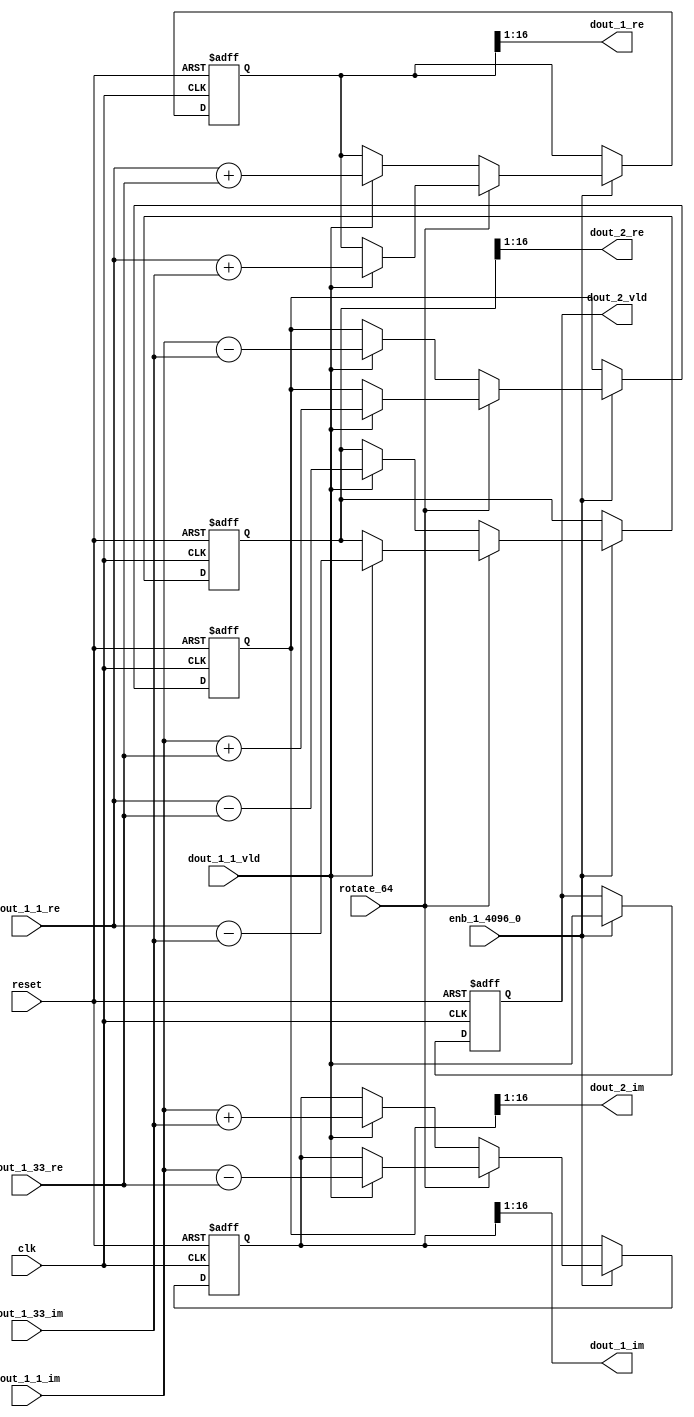
// -------------------------------------------------------------
// 
// 
// Generated by MATLAB 9.14 and HDL Coder 4.1
// 
// -------------------------------------------------------------


// -------------------------------------------------------------
// 
// Module: RADIX22FFT_SDNF2_2
// Source Path: dsphdl.IFFT/RADIX22FFT_SDNF2_2
// Hierarchy Level: 4
// 
// -------------------------------------------------------------

`timescale 1 ns / 1 ns

module RADIX22FFT_SDNF2_2
          (clk,
           reset,
           enb_1_4096_0,
           rotate_64,
           dout_1_1_re,
           dout_1_1_im,
           dout_1_33_re,
           dout_1_33_im,
           dout_1_1_vld,
           dout_1_re,
           dout_1_im,
           dout_2_re,
           dout_2_im,
           dout_2_vld);


  input   clk;
  input   reset;
  input   enb_1_4096_0;
  input   rotate_64;  // ufix1
  input   signed [15:0] dout_1_1_re;  // sfix16_En14
  input   signed [15:0] dout_1_1_im;  // sfix16_En14
  input   signed [15:0] dout_1_33_re;  // sfix16_En14
  input   signed [15:0] dout_1_33_im;  // sfix16_En14
  input   dout_1_1_vld;
  output  signed [15:0] dout_1_re;  // sfix16_En14
  output  signed [15:0] dout_1_im;  // sfix16_En14
  output  signed [15:0] dout_2_re;  // sfix16_En14
  output  signed [15:0] dout_2_im;  // sfix16_En14
  output  dout_2_vld;


  reg  Radix22ButterflyG2_NF_din_vld_dly;
  reg signed [16:0] Radix22ButterflyG2_NF_btf1_re_reg;  // sfix17
  reg signed [16:0] Radix22ButterflyG2_NF_btf1_im_reg;  // sfix17
  reg signed [16:0] Radix22ButterflyG2_NF_btf2_re_reg;  // sfix17
  reg signed [16:0] Radix22ButterflyG2_NF_btf2_im_reg;  // sfix17
  reg  Radix22ButterflyG2_NF_din_vld_dly_next;
  reg signed [16:0] Radix22ButterflyG2_NF_btf1_re_reg_next;  // sfix17_En14
  reg signed [16:0] Radix22ButterflyG2_NF_btf1_im_reg_next;  // sfix17_En14
  reg signed [16:0] Radix22ButterflyG2_NF_btf2_re_reg_next;  // sfix17_En14
  reg signed [16:0] Radix22ButterflyG2_NF_btf2_im_reg_next;  // sfix17_En14
  reg signed [15:0] dout_1_re_1;  // sfix16_En14
  reg signed [15:0] dout_1_im_1;  // sfix16_En14
  reg signed [15:0] dout_2_re_1;  // sfix16_En14
  reg signed [15:0] dout_2_im_1;  // sfix16_En14
  reg  dout_2_vld_1;
  reg signed [16:0] Radix22ButterflyG2_NF_add_cast;  // sfix17_En14
  reg signed [16:0] Radix22ButterflyG2_NF_add_cast_0;  // sfix17_En14
  reg signed [16:0] Radix22ButterflyG2_NF_add_cast_1;  // sfix17_En14
  reg signed [16:0] Radix22ButterflyG2_NF_add_cast_2;  // sfix17_En14
  reg signed [16:0] Radix22ButterflyG2_NF_sub_cast;  // sfix17_En14
  reg signed [16:0] Radix22ButterflyG2_NF_sub_cast_0;  // sfix17_En14
  reg signed [16:0] Radix22ButterflyG2_NF_sub_cast_1;  // sfix17_En14
  reg signed [16:0] Radix22ButterflyG2_NF_sub_cast_2;  // sfix17_En14
  reg signed [16:0] Radix22ButterflyG2_NF_sra_temp;  // sfix17_En14
  reg signed [16:0] Radix22ButterflyG2_NF_add_cast_3;  // sfix17_En14
  reg signed [16:0] Radix22ButterflyG2_NF_add_cast_4;  // sfix17_En14
  reg signed [16:0] Radix22ButterflyG2_NF_add_cast_5;  // sfix17_En14
  reg signed [16:0] Radix22ButterflyG2_NF_add_cast_6;  // sfix17_En14
  reg signed [16:0] Radix22ButterflyG2_NF_sra_temp_0;  // sfix17_En14
  reg signed [16:0] Radix22ButterflyG2_NF_sub_cast_3;  // sfix17_En14
  reg signed [16:0] Radix22ButterflyG2_NF_sub_cast_4;  // sfix17_En14
  reg signed [16:0] Radix22ButterflyG2_NF_sub_cast_5;  // sfix17_En14
  reg signed [16:0] Radix22ButterflyG2_NF_sub_cast_6;  // sfix17_En14
  reg signed [16:0] Radix22ButterflyG2_NF_sra_temp_1;  // sfix17_En14
  reg signed [16:0] Radix22ButterflyG2_NF_sra_temp_2;  // sfix17_En14


  // Radix22ButterflyG2_NF
  always @(posedge clk or posedge reset)
    begin : Radix22ButterflyG2_NF_process
      if (reset == 1'b1) begin
        Radix22ButterflyG2_NF_din_vld_dly <= 1'b0;
        Radix22ButterflyG2_NF_btf1_re_reg <= 17'sb00000000000000000;
        Radix22ButterflyG2_NF_btf1_im_reg <= 17'sb00000000000000000;
        Radix22ButterflyG2_NF_btf2_re_reg <= 17'sb00000000000000000;
        Radix22ButterflyG2_NF_btf2_im_reg <= 17'sb00000000000000000;
      end
      else begin
        if (enb_1_4096_0) begin
          Radix22ButterflyG2_NF_din_vld_dly <= Radix22ButterflyG2_NF_din_vld_dly_next;
          Radix22ButterflyG2_NF_btf1_re_reg <= Radix22ButterflyG2_NF_btf1_re_reg_next;
          Radix22ButterflyG2_NF_btf1_im_reg <= Radix22ButterflyG2_NF_btf1_im_reg_next;
          Radix22ButterflyG2_NF_btf2_re_reg <= Radix22ButterflyG2_NF_btf2_re_reg_next;
          Radix22ButterflyG2_NF_btf2_im_reg <= Radix22ButterflyG2_NF_btf2_im_reg_next;
        end
      end
    end

  always @(Radix22ButterflyG2_NF_btf1_im_reg, Radix22ButterflyG2_NF_btf1_re_reg,
       Radix22ButterflyG2_NF_btf2_im_reg, Radix22ButterflyG2_NF_btf2_re_reg,
       Radix22ButterflyG2_NF_din_vld_dly, dout_1_1_im, dout_1_1_re,
       dout_1_1_vld, dout_1_33_im, dout_1_33_re, rotate_64) begin
    Radix22ButterflyG2_NF_add_cast_1 = 17'sb00000000000000000;
    Radix22ButterflyG2_NF_add_cast_2 = 17'sb00000000000000000;
    Radix22ButterflyG2_NF_sub_cast_1 = 17'sb00000000000000000;
    Radix22ButterflyG2_NF_sub_cast_2 = 17'sb00000000000000000;
    Radix22ButterflyG2_NF_add_cast_5 = 17'sb00000000000000000;
    Radix22ButterflyG2_NF_add_cast_6 = 17'sb00000000000000000;
    Radix22ButterflyG2_NF_sub_cast_5 = 17'sb00000000000000000;
    Radix22ButterflyG2_NF_sub_cast_6 = 17'sb00000000000000000;
    Radix22ButterflyG2_NF_add_cast = 17'sb00000000000000000;
    Radix22ButterflyG2_NF_add_cast_0 = 17'sb00000000000000000;
    Radix22ButterflyG2_NF_sub_cast = 17'sb00000000000000000;
    Radix22ButterflyG2_NF_sub_cast_0 = 17'sb00000000000000000;
    Radix22ButterflyG2_NF_add_cast_3 = 17'sb00000000000000000;
    Radix22ButterflyG2_NF_add_cast_4 = 17'sb00000000000000000;
    Radix22ButterflyG2_NF_sub_cast_3 = 17'sb00000000000000000;
    Radix22ButterflyG2_NF_sub_cast_4 = 17'sb00000000000000000;
    Radix22ButterflyG2_NF_btf1_re_reg_next = Radix22ButterflyG2_NF_btf1_re_reg;
    Radix22ButterflyG2_NF_btf1_im_reg_next = Radix22ButterflyG2_NF_btf1_im_reg;
    Radix22ButterflyG2_NF_btf2_re_reg_next = Radix22ButterflyG2_NF_btf2_re_reg;
    Radix22ButterflyG2_NF_btf2_im_reg_next = Radix22ButterflyG2_NF_btf2_im_reg;
    Radix22ButterflyG2_NF_din_vld_dly_next = dout_1_1_vld;
    if (rotate_64 != 1'b0) begin
      if (dout_1_1_vld) begin
        Radix22ButterflyG2_NF_add_cast_1 = {dout_1_1_re[15], dout_1_1_re};
        Radix22ButterflyG2_NF_add_cast_2 = {dout_1_33_im[15], dout_1_33_im};
        Radix22ButterflyG2_NF_btf1_re_reg_next = Radix22ButterflyG2_NF_add_cast_1 + Radix22ButterflyG2_NF_add_cast_2;
        Radix22ButterflyG2_NF_sub_cast_1 = {dout_1_1_re[15], dout_1_1_re};
        Radix22ButterflyG2_NF_sub_cast_2 = {dout_1_33_im[15], dout_1_33_im};
        Radix22ButterflyG2_NF_btf2_re_reg_next = Radix22ButterflyG2_NF_sub_cast_1 - Radix22ButterflyG2_NF_sub_cast_2;
        Radix22ButterflyG2_NF_add_cast_5 = {dout_1_1_im[15], dout_1_1_im};
        Radix22ButterflyG2_NF_add_cast_6 = {dout_1_33_re[15], dout_1_33_re};
        Radix22ButterflyG2_NF_btf2_im_reg_next = Radix22ButterflyG2_NF_add_cast_5 + Radix22ButterflyG2_NF_add_cast_6;
        Radix22ButterflyG2_NF_sub_cast_5 = {dout_1_1_im[15], dout_1_1_im};
        Radix22ButterflyG2_NF_sub_cast_6 = {dout_1_33_re[15], dout_1_33_re};
        Radix22ButterflyG2_NF_btf1_im_reg_next = Radix22ButterflyG2_NF_sub_cast_5 - Radix22ButterflyG2_NF_sub_cast_6;
      end
    end
    else if (dout_1_1_vld) begin
      Radix22ButterflyG2_NF_add_cast = {dout_1_1_re[15], dout_1_1_re};
      Radix22ButterflyG2_NF_add_cast_0 = {dout_1_33_re[15], dout_1_33_re};
      Radix22ButterflyG2_NF_btf1_re_reg_next = Radix22ButterflyG2_NF_add_cast + Radix22ButterflyG2_NF_add_cast_0;
      Radix22ButterflyG2_NF_sub_cast = {dout_1_1_re[15], dout_1_1_re};
      Radix22ButterflyG2_NF_sub_cast_0 = {dout_1_33_re[15], dout_1_33_re};
      Radix22ButterflyG2_NF_btf2_re_reg_next = Radix22ButterflyG2_NF_sub_cast - Radix22ButterflyG2_NF_sub_cast_0;
      Radix22ButterflyG2_NF_add_cast_3 = {dout_1_1_im[15], dout_1_1_im};
      Radix22ButterflyG2_NF_add_cast_4 = {dout_1_33_im[15], dout_1_33_im};
      Radix22ButterflyG2_NF_btf1_im_reg_next = Radix22ButterflyG2_NF_add_cast_3 + Radix22ButterflyG2_NF_add_cast_4;
      Radix22ButterflyG2_NF_sub_cast_3 = {dout_1_1_im[15], dout_1_1_im};
      Radix22ButterflyG2_NF_sub_cast_4 = {dout_1_33_im[15], dout_1_33_im};
      Radix22ButterflyG2_NF_btf2_im_reg_next = Radix22ButterflyG2_NF_sub_cast_3 - Radix22ButterflyG2_NF_sub_cast_4;
    end
    Radix22ButterflyG2_NF_sra_temp = Radix22ButterflyG2_NF_btf1_re_reg >>> 8'd1;
    dout_1_re_1 = Radix22ButterflyG2_NF_sra_temp[15:0];
    Radix22ButterflyG2_NF_sra_temp_0 = Radix22ButterflyG2_NF_btf1_im_reg >>> 8'd1;
    dout_1_im_1 = Radix22ButterflyG2_NF_sra_temp_0[15:0];
    Radix22ButterflyG2_NF_sra_temp_1 = Radix22ButterflyG2_NF_btf2_re_reg >>> 8'd1;
    dout_2_re_1 = Radix22ButterflyG2_NF_sra_temp_1[15:0];
    Radix22ButterflyG2_NF_sra_temp_2 = Radix22ButterflyG2_NF_btf2_im_reg >>> 8'd1;
    dout_2_im_1 = Radix22ButterflyG2_NF_sra_temp_2[15:0];
    dout_2_vld_1 = Radix22ButterflyG2_NF_din_vld_dly;
  end



  assign dout_1_re = dout_1_re_1;

  assign dout_1_im = dout_1_im_1;

  assign dout_2_re = dout_2_re_1;

  assign dout_2_im = dout_2_im_1;

  assign dout_2_vld = dout_2_vld_1;

endmodule  // RADIX22FFT_SDNF2_2